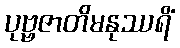
ပုဗ္ဗဇာတိမနုဿရိံ